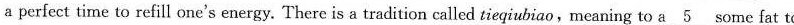
a perfect time to refill one's energy. There is a tradition called tieqiubiao,meaning to \underline{a5} some fat to